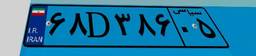
۸۰D۲۷۲۹۵